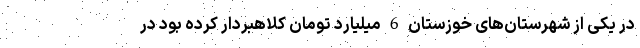
در یکی از شهرستان‌های خوزستان 6 میلیارد تومان کلاهبردار کرده بود در